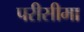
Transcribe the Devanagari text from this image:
परीसीमा